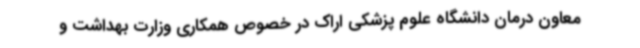
معاون درمان دانشگاه علوم پزشکی اراک در خصوص همکاری وزارت بهداشت و